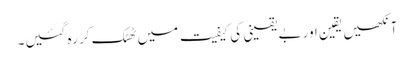
آنکھیں یقین اور بے یقینی کی کیفیت میں ٹھٹک کر رہ گئیں۔